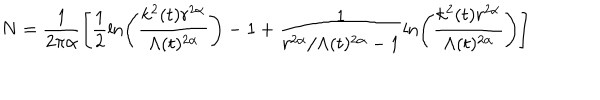
N = \frac { 1 } { 2 \pi \alpha } \left[ \frac { 1 } { 2 } \ln \left( \frac { k ^ { 2 } ( t ) r ^ { 2 \alpha } } { \Lambda ( t ) ^ { 2 \alpha } } \right) - 1 + \frac { 1 } { r ^ { 2 \alpha } / \Lambda ( t ) ^ { 2 \alpha } - 1 } \ln \left( \frac { k ^ { 2 } ( t ) r ^ { 2 \alpha } } { \Lambda ( t ) ^ { 2 \alpha } } \right) \right]